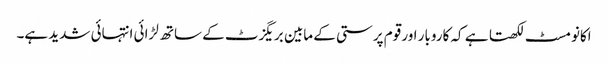
اکانومسٹ لکھتا ہے کہ کاروبار اور قوم پرستی کے مابین بریگزٹ کے ساتھ لڑائی انتہائی شدید ہے۔